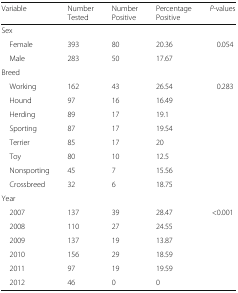
<table><thead><tr><td><b>Variable</b></td><td><b>Number Tested</b></td><td><b>Number Positive</b></td><td><b>Percentage Positive</b></td><td><b><i>P</i>-values</b></td></tr></thead><tbody><tr><td colspan="5">Sex</td></tr><tr><td> Female</td><td>393</td><td>80</td><td>20.36</td><td rowspan="2">0.054</td></tr><tr><td> Male</td><td>283</td><td>50</td><td>17.67</td></tr><tr><td colspan="5">Breed</td></tr><tr><td> Working</td><td>162</td><td>43</td><td>26.54</td><td rowspan="8">0.283</td></tr><tr><td> Hound</td><td>97</td><td>16</td><td>16.49</td></tr><tr><td> Herding</td><td>89</td><td>17</td><td>19.1</td></tr><tr><td> Sporting</td><td>87</td><td>17</td><td>19.54</td></tr><tr><td> Terrier</td><td>85</td><td>17</td><td>20</td></tr><tr><td> Toy</td><td>80</td><td>10</td><td>12.5</td></tr><tr><td> Nonsporting</td><td>45</td><td>7</td><td>15.56</td></tr><tr><td> Crossbreed</td><td>32</td><td>6</td><td>18.75</td></tr><tr><td colspan="5">Year</td></tr><tr><td> 2007</td><td>137</td><td>39</td><td>28.47</td><td rowspan="6">&lt;0.001</td></tr><tr><td> 2008</td><td>110</td><td>27</td><td>24.55</td></tr><tr><td> 2009</td><td>137</td><td>19</td><td>13.87</td></tr><tr><td> 2010</td><td>156</td><td>29</td><td>18.59</td></tr><tr><td> 2011</td><td>97</td><td>19</td><td>19.59</td></tr><tr><td> 2012</td><td>46</td><td>0</td><td>0</td></tr></tbody></table>